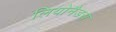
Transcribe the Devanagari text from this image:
लियोनैडस